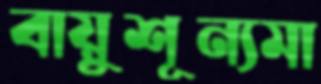
বায়ুশূন্যমা